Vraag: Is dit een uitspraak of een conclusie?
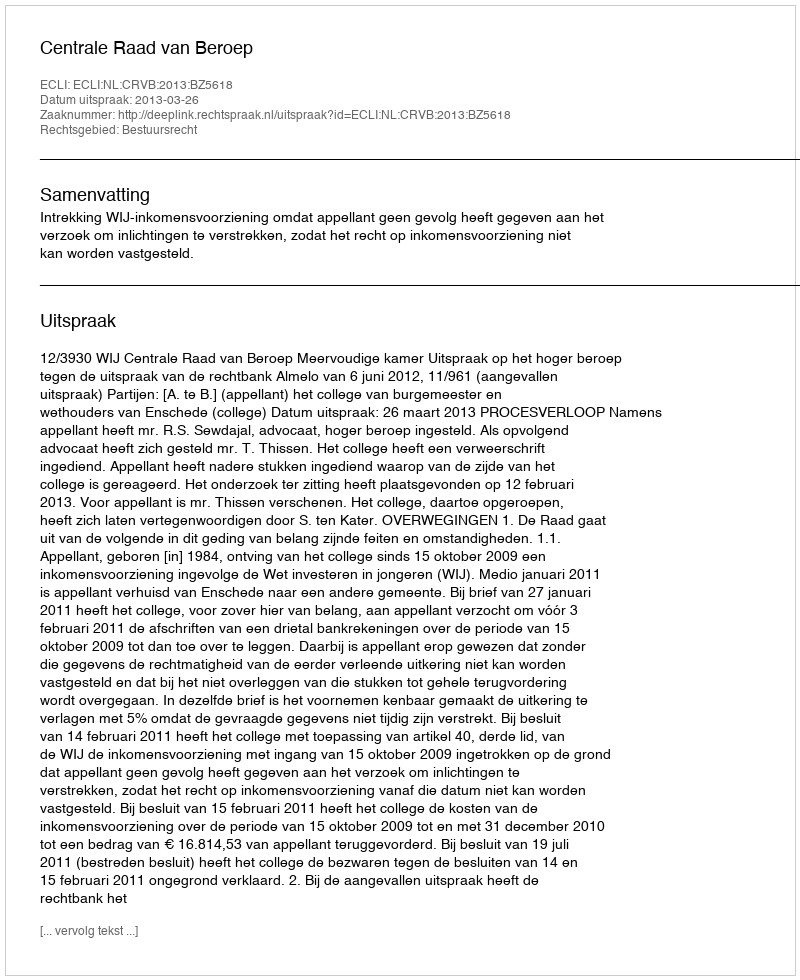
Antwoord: Uitspraak